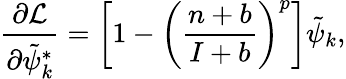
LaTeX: \frac{\partial\mathcal{L}}{\partial\tilde{\psi}_{k}^{*}}=\left[1-\left(\frac{n+b}{I+b}\right)^{p}\right]\tilde{\psi}_{k},